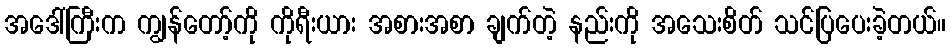
အဒေါ်ကြီးက ကျွန်တော့်ကို ကိုရီးယား အစားအစာ ချက်တဲ့ နည်းကို အသေးစိတ် သင်ပြပေးခဲ့တယ်။